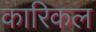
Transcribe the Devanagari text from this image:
कारिकल